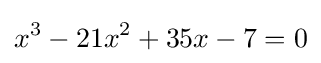
x^{3}-21x^{2}+35x-7=0